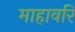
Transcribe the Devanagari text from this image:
माहावरि